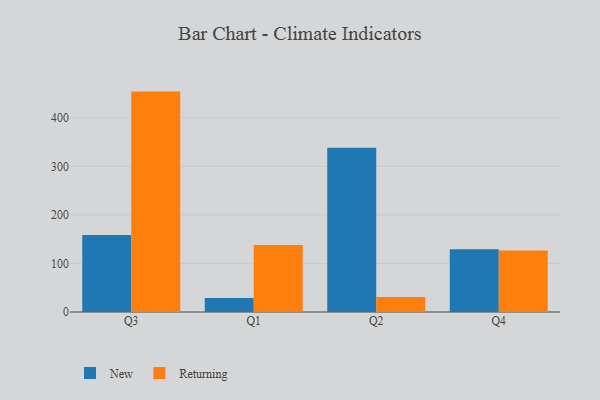
{"axis": {"x": "Quarter", "y": "Population (Million)"}, "legend": ["New", "Returning"], "data": [{"x": "Q3", "y": 158.3, "type": "New"}, {"x": "Q3", "y": 453.8, "type": "Returning"}, {"x": "Q1", "y": 29.0, "type": "New"}, {"x": "Q1", "y": 137.7, "type": "Returning"}, {"x": "Q2", "y": 338.1, "type": "New"}, {"x": "Q2", "y": 30.7, "type": "Returning"}, {"x": "Q4", "y": 129.0, "type": "New"}, {"x": "Q4", "y": 126.8, "type": "Returning"}]}